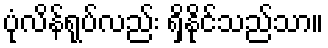
ပုံလိန်ရုပ်လည်း ရှိနိုင်သည်သာ။